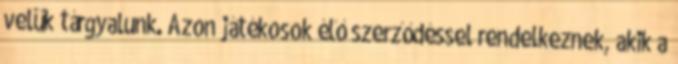
velük tárgyalunk. Azon játékosok élő szerződéssel rendelkeznek, akik a